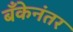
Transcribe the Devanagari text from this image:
बँकेनंतर